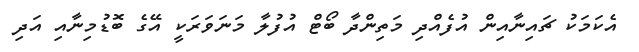
އެކަމަކު ޗައިނާއިން އުފެއްދި މަތިންދާ ބޯޓް އުފުލާ މަނަވަރަކީ އޭގެ ބޮޑުމިނާއި އަދި